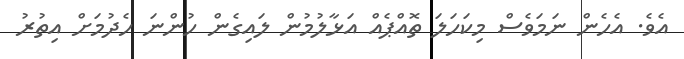
އެވެ. އެހެން ނަމަވެސް މިކަހަލަ ތޮއްޕެއް އަޅާލުމުން ލައިގެން ހުންނަ ހެދުމަށް އިތުރު